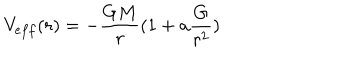
V _ { e f f } ( r ) = - { \frac { G M } { r } } ( 1 + a { \frac { G } { r ^ { 2 } } } )